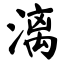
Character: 漓